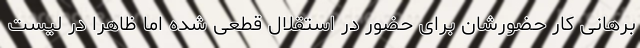
برهانی کار حضورشان برای حضور در استقلال قطعی شده اما ظاهرا در لیست